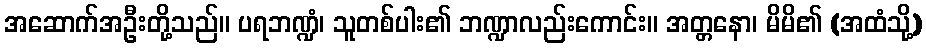
အဆောက်အဦးတို့သည်။ ပရဘဏ္ဍံ၊ သူတစ်ပါး၏ ဘဏ္ဍာလည်းကောင်း။ အတ္တနော၊ မိမိ၏ (အထံသို့)